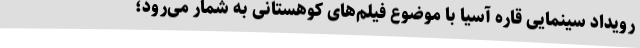
رویداد سینمایی قاره آسیا با موضوع فیلم‌های کوهستانی به شمار می‌رود؛